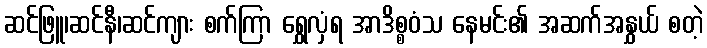
ဆင်ဖြူ၊ဆင်နီ၊ဆင်ကျား စက်ကြာ ရွှေလှံရ အာဒိစ္စဝံသ နေမင်း၏ အဆက်အနွှယ် စတဲ့